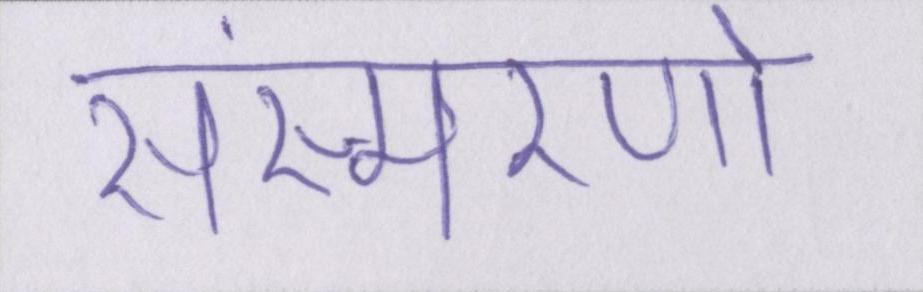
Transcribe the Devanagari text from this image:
संस्मरणो